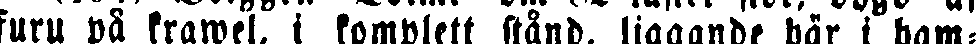
furu på krawel. i komplett stånd, liggande här i ham-